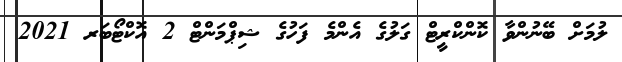
ލުމަށް ބޭނުންވާ ކޮންކްރީޓް ގަލުގެ އެންމެ ފަހުގެ ޝިޕްމަންޓް 2 އޮކްޓޯބަރ 2021